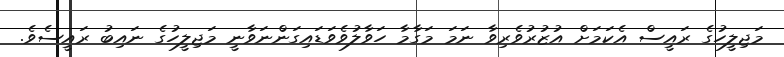
މަޖިލީހުގެ ރައީސް އެކަމަށް އުޒުރުވެރިވާ ނަމަ މަގާމާ ހަވާލުވެވަޑައިގަންނަވާނީ މަޖިލީހުގެ ނައިބު ރައީސެވެ.